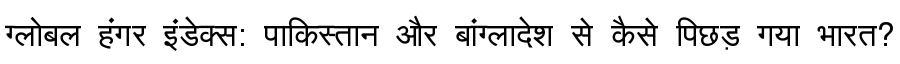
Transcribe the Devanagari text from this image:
ग्लोबल हंगर इंडेक्स: पाकिस्तान और बांग्लादेश से कैसे पिछड़ गया भारत?